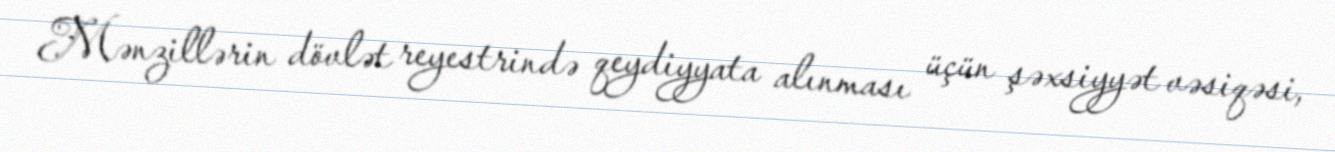
Mənzillərin dövlət reyestrində qeydiyyata alınması üçün şəxsiyyət vəsiqəsi,